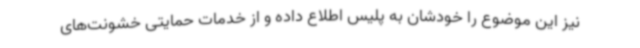
نیز این موضوع را خودشان به پلیس اطلاع داده و از خدمات حمایتی خشونت‌های